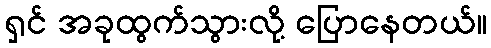
ရှင် အခုထွက်သွားလို့ ပြောနေတယ်။